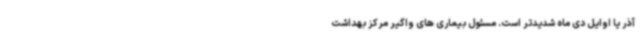
آذر یا اوایل دی ماه شدیدتر است. مسئول بیماری های واگیر مرکز بهداشت